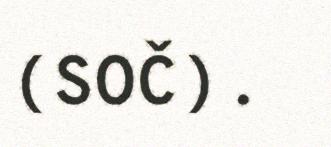
(SOČ).